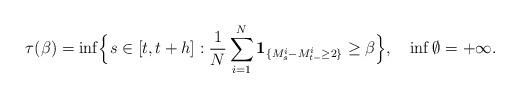
LaTeX: \begin{align*}\tau(\beta)=\inf\Bigl\{ s\in[t,t+h]:\frac{1}{N}\sum_{i=1}^{N}{\mathbf{1}}_{\{M_{s}^{i}-M_{t-}^{i}\geq2\}}\geq\beta\Bigr\},\quad\inf\emptyset=+\infty.\end{align*}